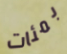
بمئات